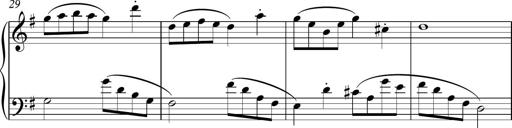
Title: Sonatina
Composer: Kemble Stout
Key: G major